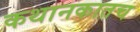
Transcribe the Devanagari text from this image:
कथानकातच